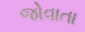
જોવાતા